Leaving Certificate Examination, 1911
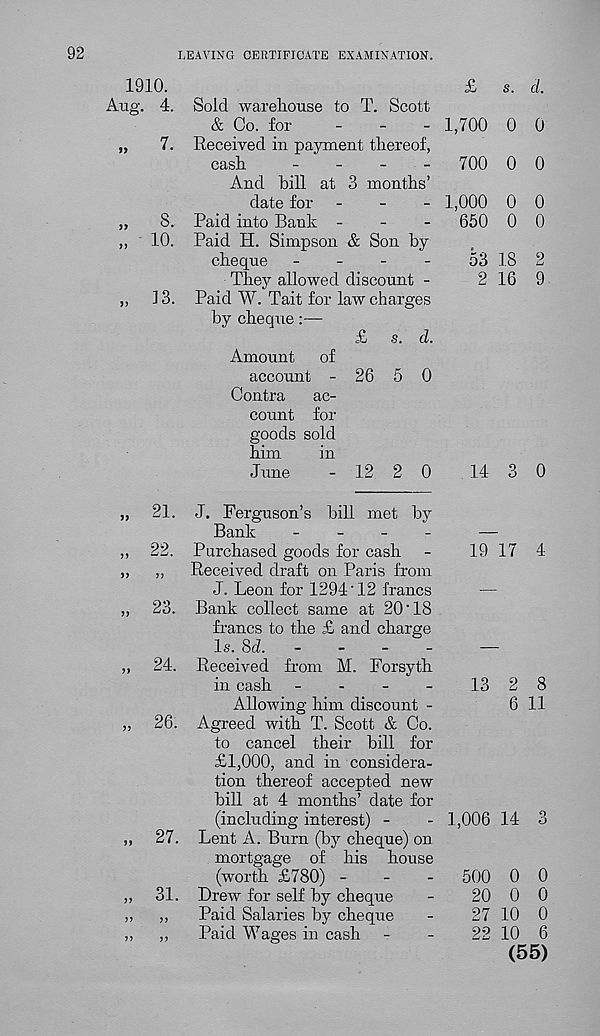
92
LEAVING CERTIFICATE EXAMINATION.
1910.
Aug. 4.
„ 10.
„ ]3.
Sold wareliouse to T. Scott
& Co. for
.
_
_
Received in payment thereof,
cash
_
_
_
_
And hill at 3 months’
date for -
-
-
Paid into Bank -
-
-
Paid H. Simpson & Son by
cheque
_
_
_
_
They allowed discount -
Paid W. Tait for law charges
by cheque:—
£ s. d.
Amount
of
account - 26 5 0
Contra
ac-
count for
goods sold
him
in
June
- 12 2 0
£
s. d.
1,700 0 0
700 0 0
1,000 0 0
650 0 0
o3 18 2
2 16 9
14 3 0
9)
99
99
99
99
99
99
21.
22.
99
23.
24.
26.
27.
31.
99
J. Ferguson’s hill met by
Bank
_
_
_
_
Purchased goods for cash
Received draft on Paris from
J. Leon for 1294'12 francs
Bank collect same at 20'18
francs to the £ and charge
Is. 8d.
-
-
-
~
Received from M. Forsyth
in cash -
-
-
-
Allowing him discount -
Agreed with T. Scott & Co.
to cancel their hill for
£1,000, and in considera-
tion thereof accepted new
hill at 4 months’ date for
(including interest) -
Lent A. Burn (by cheque) on
mortgage of his house
(worth £780) -
-
-
Brew for self by cheque
Paid Salaries by cheque
Paid Wages in cash
19 17 4
13 2 8
6 11
1,006 14 3
500 0 0
20 0 0
27 10 0
22 10 6
(55)